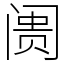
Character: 阓